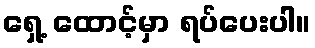
ရှေ့ ထောင့်မှာ ရပ်ပေးပါ။